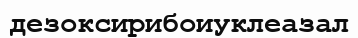
дезоксирибоиуклеазал